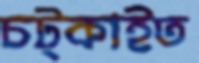
চট্‌কাইত